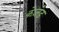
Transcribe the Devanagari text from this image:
केज़ेड